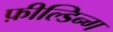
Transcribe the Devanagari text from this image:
फ़ील्डिन्ग